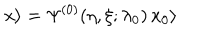
x \rangle = \Psi ^ { ( 0 ) } ( \eta , \xi ; \lambda _ { 0 } ) \, x _ { 0 } \rangle